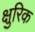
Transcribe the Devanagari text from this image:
क्षुरिक